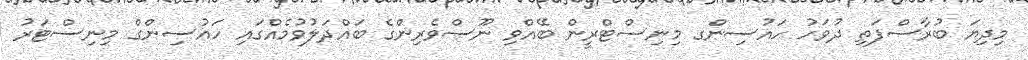
މިދިޔަ ބުރާސްފަތި ދުވަހު ހައުސިންގ މިނިސްޓްރީން ބޭއްވި ނޫސްވެރިންގެ ބައްދަލުވުމެއްގައި ހައުސިންގް މިނިސްޓަރު